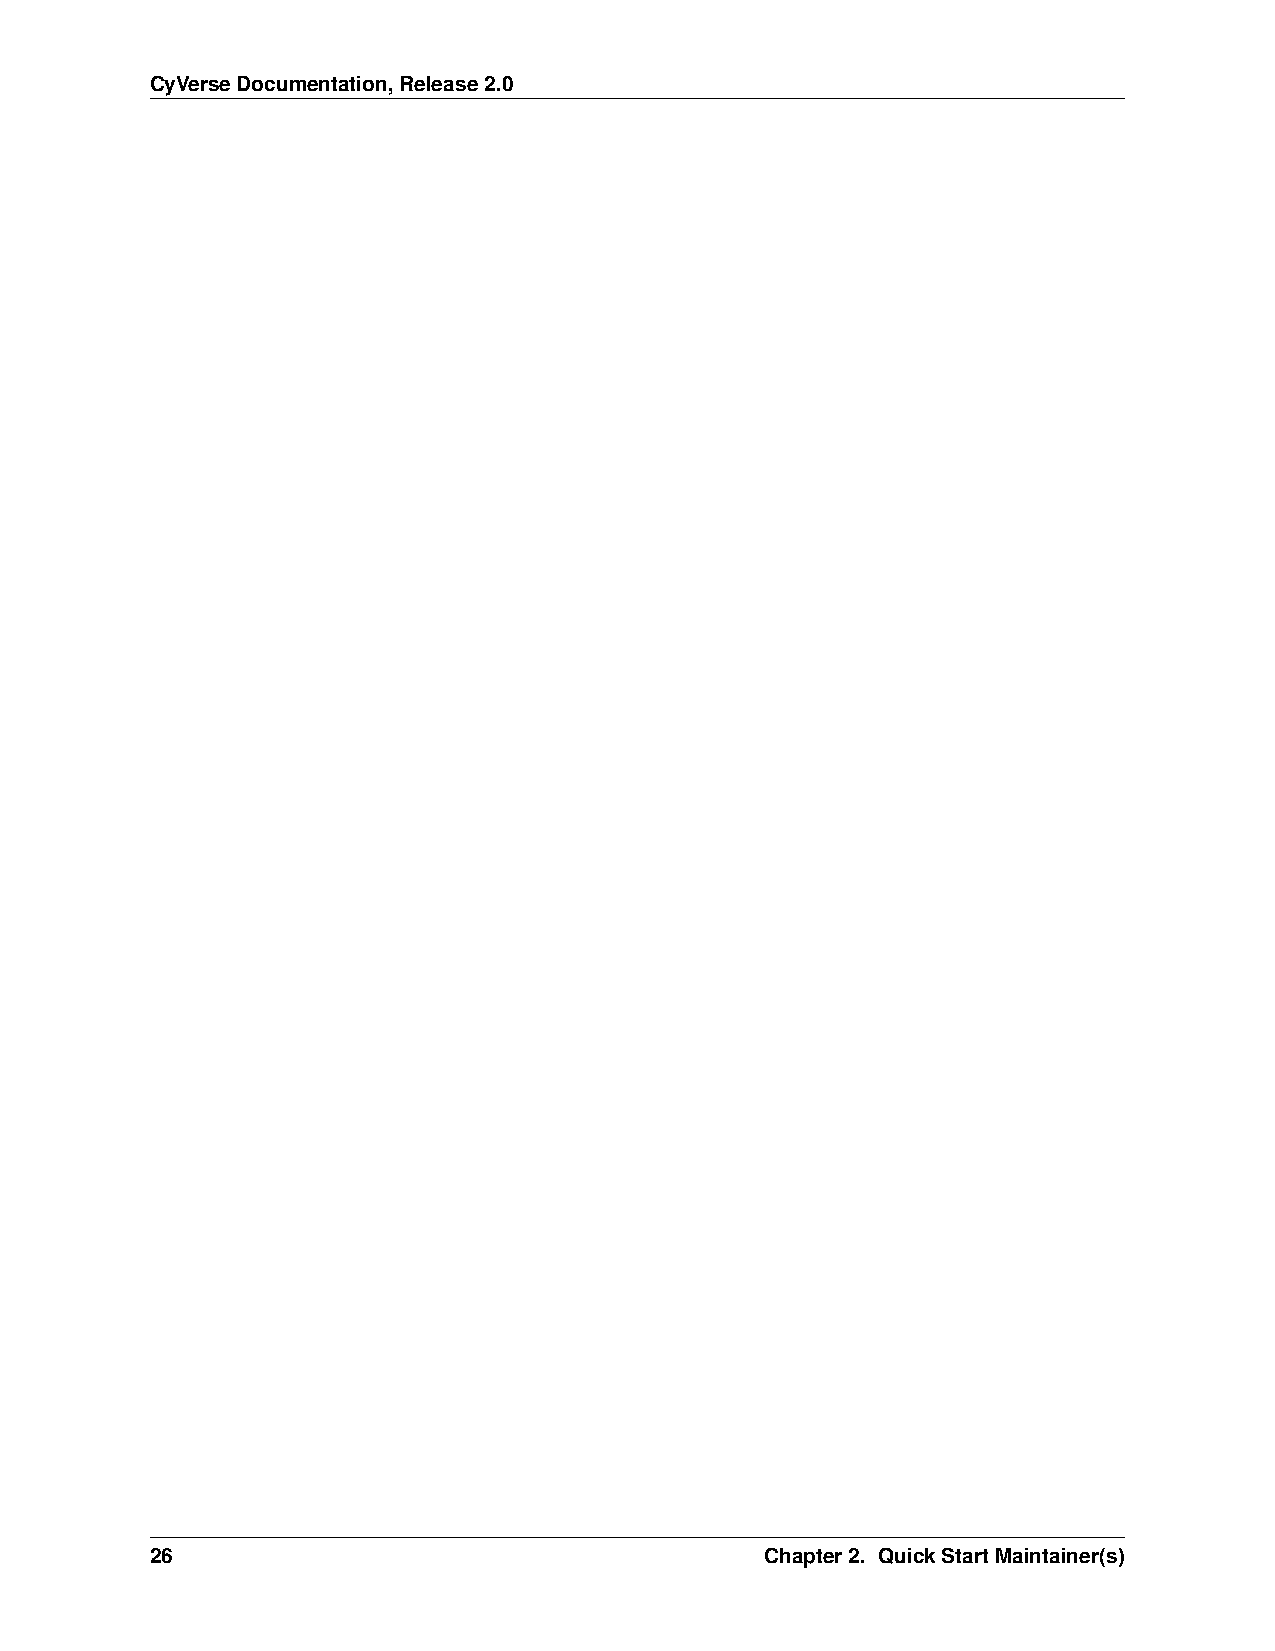
CyVerseDocumentation,Release2.0
 26                                       Chapter2. QuickStartMaintainer(s)